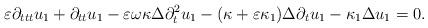
LaTeX: \begin{align*}\varepsilon\partial_{ttt}u_1+\partial_{tt}u_1-\varepsilon\omega\kappa\Delta \partial^2_t u_1-(\kappa+\varepsilon \kappa_1)\Delta \partial_t u_1-\kappa_1\Delta u_1=0.\end{align*}